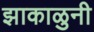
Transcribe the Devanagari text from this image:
झाकाळुनी